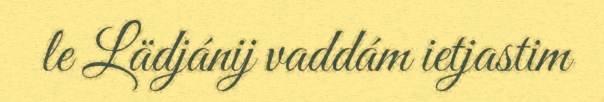
le Lädjánij vaddám ietjastim